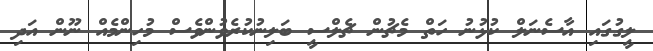
ލީގުގައި އާސެނަލް ކުޅުނު ހަތް މެޗުން ޗެލްސީ ބަލިނުކުރެވުންވެސް މުހިންމެއް ނޫން އަދި